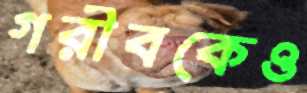
গরীবকেও